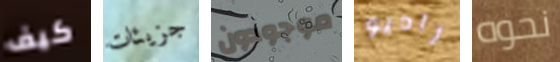
كيف جزيئات موجودون راديو نحوه